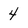
Character: 4